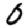
Digit: 0